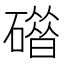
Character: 𰧦